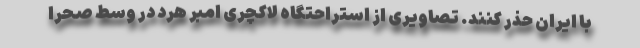
با ایران حذر کنند. تصاویری از استراحتگاه لاکچری امبر هرد در وسط صحرا